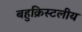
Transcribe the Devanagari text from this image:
बहुक्रिस्टलीय